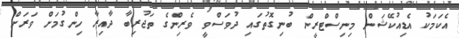
އެކަމަކު އެޑިއުކޭޝަން މިނިސްޓްރީން ބުނިގޮތުގައި ދުވަސްވީ ވެރިންގެ ތަޖުރިބާ ދާއިރާ ހިންގުމަށް ވަރަށް